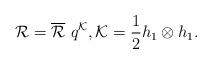
LaTeX: \begin{align*}{\mathcal R}=\overline{{\mathcal R}}\ q^{\mathcal K},{\mathcal K}=\frac{1}{2}h_{1}\otimes h_{1}. \end{align*}